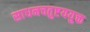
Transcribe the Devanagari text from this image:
साधनचतुष्टययुक्त